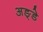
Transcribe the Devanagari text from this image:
अङ्डे